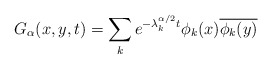
\begin{align*}G_{\alpha}(x,y,t)=\sum_{k}e^{-\lambda_k^{\alpha/2}t}\phi_k(x)\overline{\phi_k(y)}\end{align*}